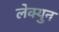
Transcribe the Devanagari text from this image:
लेक्युन